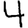
Digit: 4